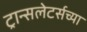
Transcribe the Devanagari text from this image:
ट्रान्सलेटर्सच्या